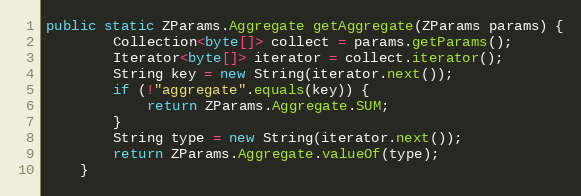
Language: Java
public static ZParams.Aggregate getAggregate(ZParams params) {
		Collection<byte[]> collect = params.getParams();
		Iterator<byte[]> iterator = collect.iterator();
		String key = new String(iterator.next());
		if (!"aggregate".equals(key)) {
			return ZParams.Aggregate.SUM;
		}
		String type = new String(iterator.next());
		return ZParams.Aggregate.valueOf(type);
	}